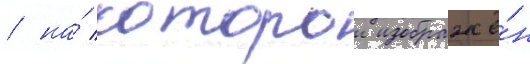
/ на́ которои изображё́н